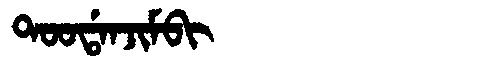
Manchu: ᡨᠣᠣᡩᠠᠨᠵᡳᠮᠪᡳ
Romanization: TOODANJIMBI